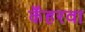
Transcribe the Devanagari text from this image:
कँहरवा